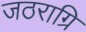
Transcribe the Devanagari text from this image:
जठराग्रि